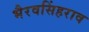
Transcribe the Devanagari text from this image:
भैरवसिंहराव